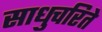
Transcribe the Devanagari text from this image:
साधुचरिते